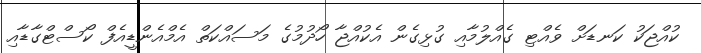
ކުއްޖަކު ކަނޑަށް ވެއްޓި ގެއްލުމާއި ގުޅިގެން އެކުއްޖާ ހޯދުމުގެ މަސައްކަތް އެމްއެންޑީއެފް ކޯސްޓްގާޑާއި